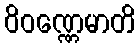
ဝိဝဏ္ဏေမာတိ